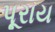
પૂરાય